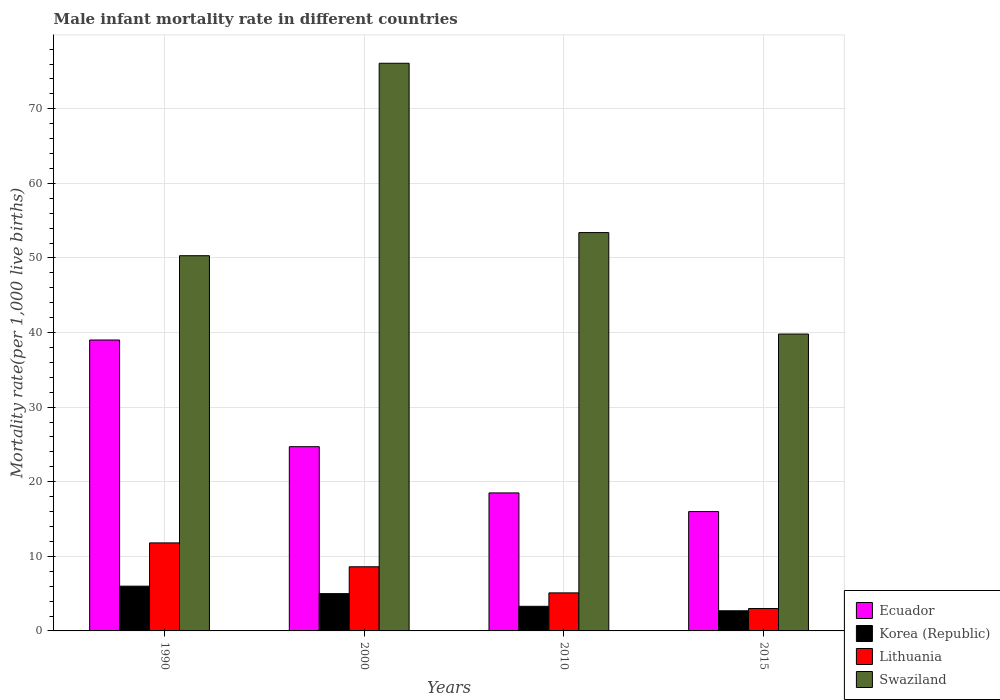
| Years | Ecuador | Korea (Republic) | Lithuania | Swaziland |
 | --- | --- | --- | --- | --- |
 | 1990 | 39 | 6 | 11.8 | 50.3 |
 | 2000 | 24.7 | 5 | 8.6 | 76.1 |
 | 2010 | 18.5 | 3.3 | 5.1 | 53.4 |
 | 2015 | 16 | 2.7 | 3 | 39.8 |